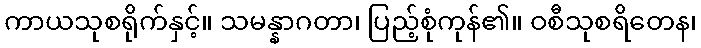
ကာယသုစရိုက်နှင့်။ သမန္နာဂတာ၊ ပြည့်စုံကုန်၏။ ဝစီသုစရိတေန၊